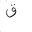
Letter: _qaf